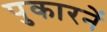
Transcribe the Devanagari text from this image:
पुकारनें